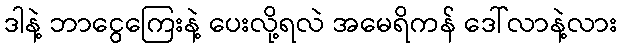
ဒါနဲ့ ဘာငွေကြေးနဲ့ ပေးလို့ရလဲ အမေရိကန် ဒေါ်လာနဲ့လား